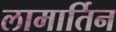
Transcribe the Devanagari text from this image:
लामार्तिन